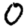
Digit: 0